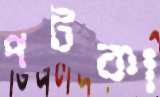
পটকা